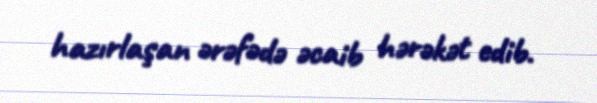
hazırlaşan ərəfədə əcaib hərəkət edib.